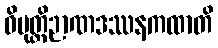
ဝိမုတ္တိဉာဏဒဿနကထာတိ